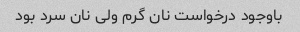
باوجود درخواست نان گرم ولی نان سرد بود